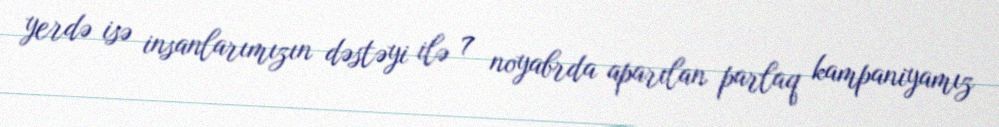
yerdə isə insanlarımızın dəstəyi ilə 7 noyabrda aparılan parlaq kampaniyamız